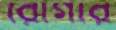
রোগার